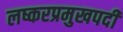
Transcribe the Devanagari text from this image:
लष्करप्रमुखपदी